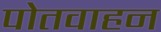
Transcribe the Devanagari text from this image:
पोतवाहन